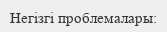
Негізгі проблемалары: